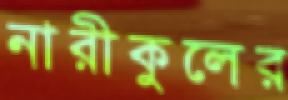
নারীকুলের